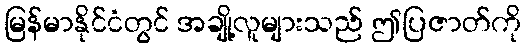
မြန်မာနိုင်ငံတွင် အချို့လူများသည် ဤပြဇာတ်ကို